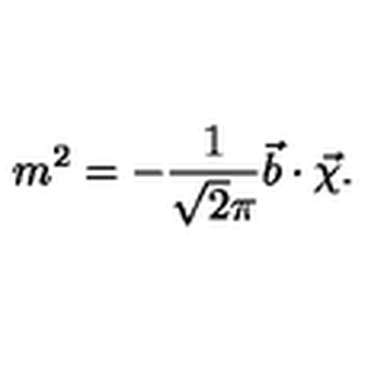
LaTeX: m ^ { 2 } = - \frac { 1 } { \sqrt { 2 } \pi } \vec { b } \cdot \vec { \chi } .